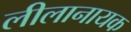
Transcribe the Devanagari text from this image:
लीलानायक